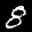
Label: 8